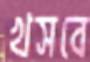
খসবে